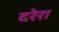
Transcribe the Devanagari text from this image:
दरेरा